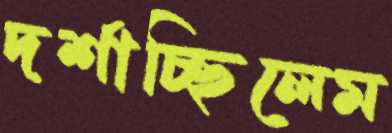
দর্শাচ্ছিলেম